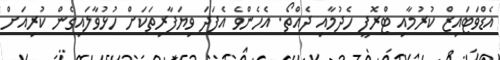
އެޑްވަޓައިޒް ކުރުމާއި ޓްރޮފީ ހެދުމާއި ދެއްތޯ. އެހެންވެ އެފަދަ ވިޔަފާރިތަކަށް ހުޅުވާލައިގެން ކުރިއަށް